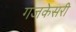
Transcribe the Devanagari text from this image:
गजकेसरी